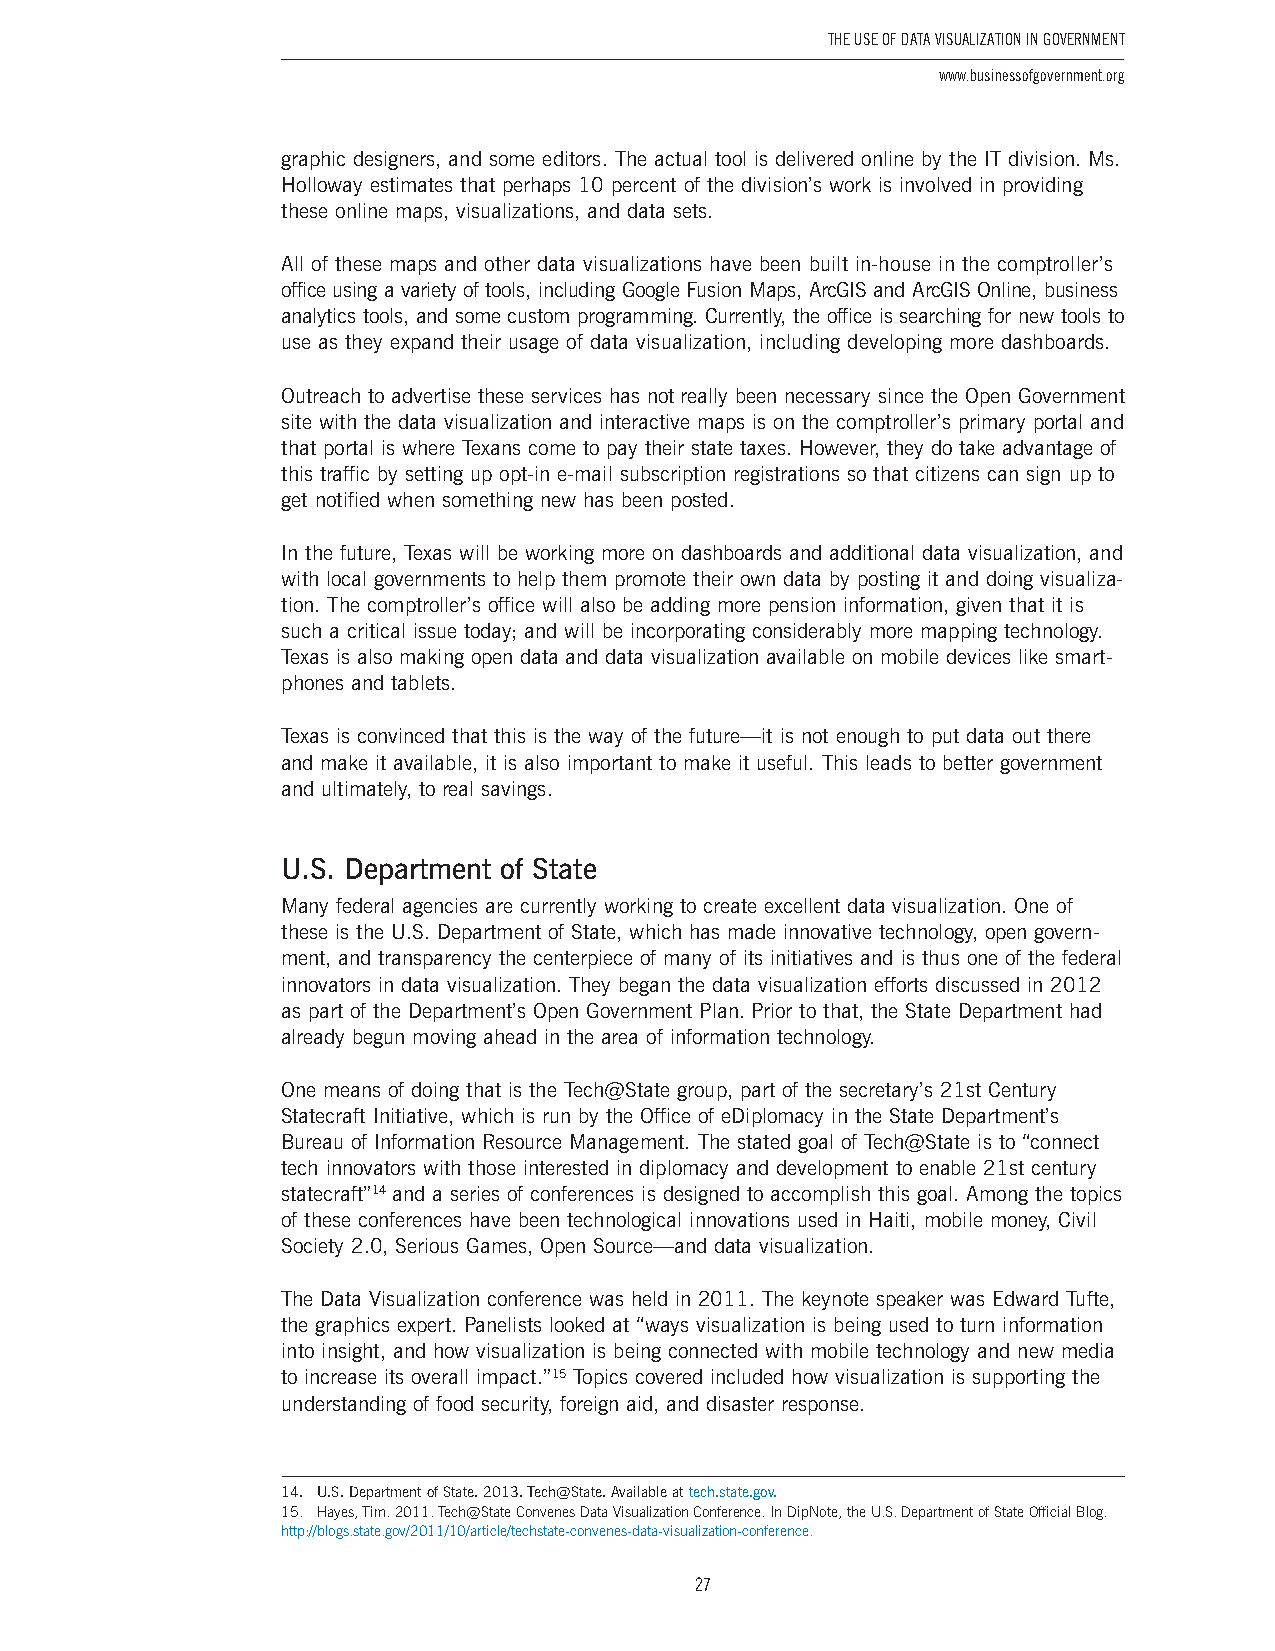
The USe of DaTa ViSUalizaTion in GoVernmenT
 www.businessofgovernment.org
 graphic designers, and some editors . The actual tool is delivered online by the IT division . Ms .
 Holloway estimates that perhaps 10 percent of the division’s work is involved in providing
 these online maps, visualizations, and data sets .
 All of these maps and other data visualizations have been built in-house in the comptroller’s
 office using a variety of tools, including Google Fusion Maps, ArcGIS and ArcGIS Online, business
 analytics tools, and some custom programming . Currently, the office is searching for new tools to
 use as they expand their usage of data visualization, including developing more dashboards .
 Outreach to advertise these services has not really been necessary since the Open Government
 site with the data visualization and interactive maps is on the comptroller’s primary portal and
 that portal is where Texans come to pay their state taxes . However, they do take advantage of
 this traffic by setting up opt-in e-mail subscription registrations so that citizens can sign up to
 get notified when something new has been posted .
 In the future, Texas will be working more on dashboards and additional data visualization, and
 with local governments to help them promote their own data by posting it and doing visualiza-
 tion . The comptroller’s office will also be adding more pension information, given that it is
 such a critical issue today; and will be incorporating considerably more mapping technology .
 Texas is also making open data and data visualization available on mobile devices like smart-
 phones and tablets .
 Texas is convinced that this is the way of the future—it is not enough to put data out there
 and make it available, it is also important to make it useful . This leads to better government
 and ultimately, to real savings .
 U.S. Department of State
 Many federal agencies are currently working to create excellent data visualization . One of
 these is the U .S . Department of State, which has made innovative technology, open govern-
 ment, and transparency the centerpiece of many of its initiatives and is thus one of the federal
 innovators in data visualization . They began the data visualization efforts discussed in 2012
 as part of the Department’s Open Government Plan . Prior to that, the State Department had
 already begun moving ahead in the area of information technology .
 One means of doing that is the Tech@State group, part of the secretary’s 21st Century
 Statecraft Initiative, which is run by the Office of eDiplomacy in the State Department’s
 Bureau of Information Resource Management . The stated goal of Tech@State is to “connect
 tech innovators with those interested in diplomacy and development to enable 21st century
 statecraft”14 and a series of conferences is designed to accomplish this goal . Among the topics
 of these conferences have been technological innovations used in Haiti, mobile money, Civil
 Society 2 .0, Serious Games, Open Source—and data visualization .
 The Data Visualization conference was held in 2011 . The keynote speaker was Edward Tufte,
 the graphics expert . Panelists looked at “ways visualization is being used to turn information
 into insight, and how visualization is being connected with mobile technology and new media
 to increase its overall impact .”15 Topics covered included how visualization is supporting the
 understanding of food security, foreign aid, and disaster response .
 14 . U .S . Department of State . 2013 . Tech@State . Available at tech .state .gov .
 15. Hayes, Tim. 2011. Tech@State Convenes Data Visualization Conference. In DipNote, the U.S. Department of State Official Blog.
 http://blogs.state.gov/2011/10/article/techstate-convenes-data-visualization-conference.
 27